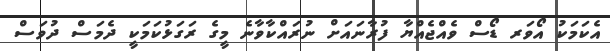
އެކަމަކު އޯވަރ ޑޯސް ވެއްޖެއްޔާ ފުރާނައަށް ނުރައްކާވާނެ މީގެ ރަގަޅުކަމަކީ ދެމަސް ދުވަސް